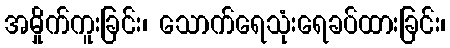
အမှိုက်ကူးခြင်း၊ သောက်ရေသုံးရေခပ်ထားခြင်း၊